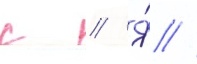
с // Я́ //